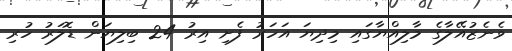
ވެނެޒުއޭލާގެ މާލިއްޔާގައި މިދިޔަ އަހަރު ފެށި އިރު 24 ބިލިޔަން ޑޮލަރު ހުރި